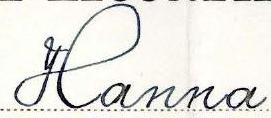
Hanna